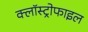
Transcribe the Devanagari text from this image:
क्लॉस्ट्रोफाइल